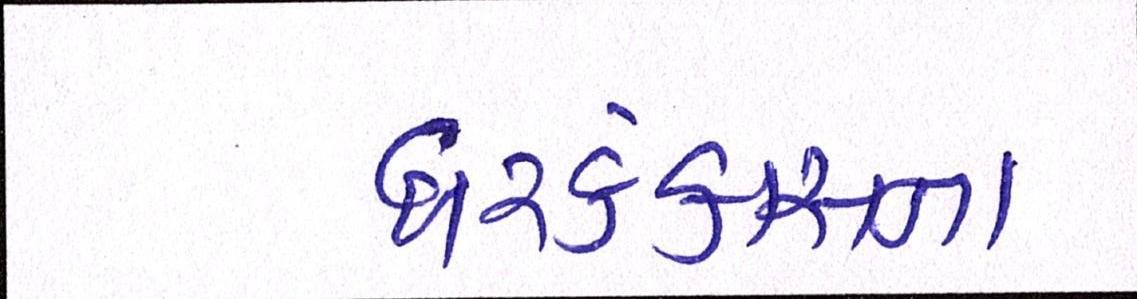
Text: ઘરકંકાસના